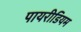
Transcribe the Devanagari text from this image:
पायरीडियम